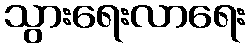
သွားရေးလာရေး